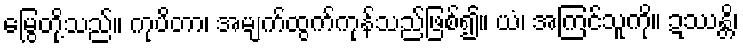
မြွေတို့သည်။ ကုပိတာ၊ အမျက်ထွက်ကုန်သည်ဖြစ်၍။ ယံ၊ အကြင်သူကို။ ဍဿန္တိ၊